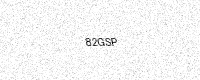
Text: 82GSP